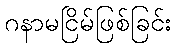
ဂနာမငြိမ်ဖြစ်ခြင်း